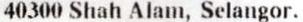
40300 SHAH ALAM, SELANGOR.